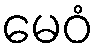
မေဝံ